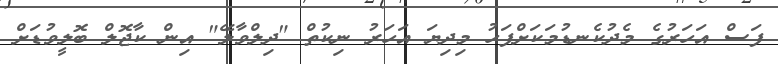
ފަސް އަހަރުގެ މެދުކެނޑުމަކަށްފަހު މިދިޔަ އަހަރު ނިކުތް "ދިލްވާލޭ" އިން ކާޖޮލް ބޮލީވުޑަށް